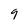
Character: 9